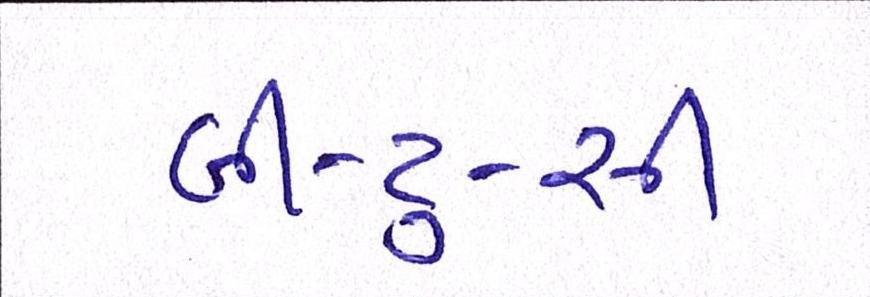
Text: બી-ટુ-સી